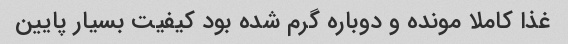
غذا کاملا مونده و دوباره گرم شده بود کیفیت بسیار پایین